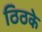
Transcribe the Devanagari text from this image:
ठिठके